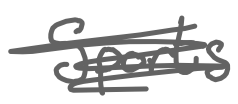
Text: Sports
Cross-out: scratch
Writing tool: digital_gray